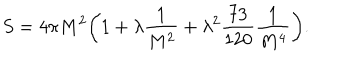
S = 4 \pi M ^ { 2 } \biggl ( 1 + \lambda \frac { 1 } { M ^ { 2 } } + \lambda ^ { 2 } \frac { 7 3 } { 1 2 0 } \frac { 1 } { M ^ { 4 } } \biggr ) .